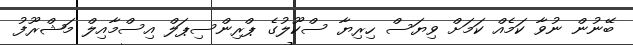
ބޭނުން ނުވާ ކަމެއް ކަމަށް ވިޔަސް ހިރިޔާ ސްކޫލުގެ ޕްރިންސިޕަލް އިސްމާއިލް މަޝްރޫފު